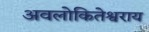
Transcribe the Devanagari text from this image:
अवलोकितेश्वराय